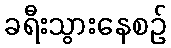
ခရီးသွားနေစဉ်